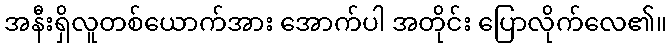
အနီးရှိလူတစ်ယောက်အား အောက်ပါ အတိုင်း ပြောလိုက်လေ၏။